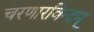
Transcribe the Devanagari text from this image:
चरणारविन्दम्